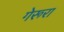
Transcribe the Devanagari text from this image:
गेरूरा